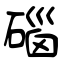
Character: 碯